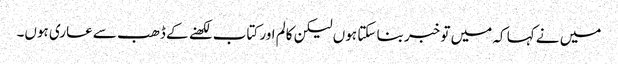
میں نے کہا کہ میں تو خبر بنا سکتا ہوں لیکن کالم اور کتاب لکھنے کے ڈھب سے عاری ہوں۔